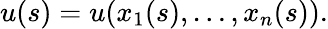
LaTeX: u(s)=u(x_{1}(s),\dots,x_{n}(s)).